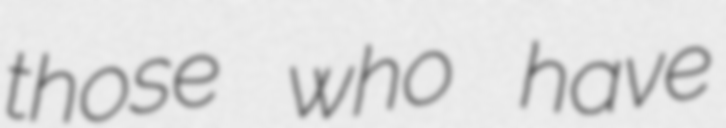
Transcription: those who have